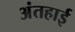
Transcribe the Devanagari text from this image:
अंतहाई